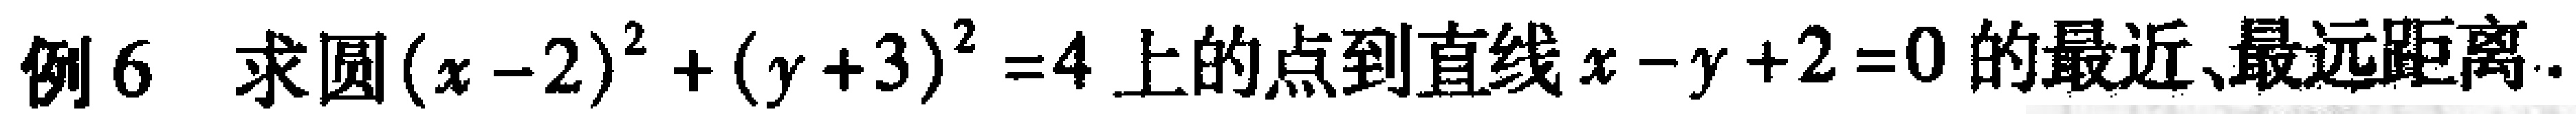
例6 求圆\((x - 2)^2 + (y + 3)^2 = 4\)上的点到直线\(x - y + 2 = 0\)的最近、最远距离.